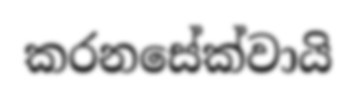
කරනසේක්වායි